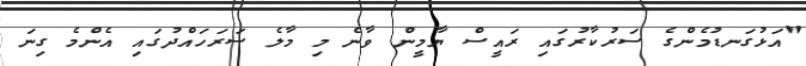
"އަޅުގަނޑުމެންގެ ސަރުކާރުގައި ރައީސް ޔާމީން ވާނެ މި މާލެ ސަރަހައްދުގައި އެންމެ ގިނަ